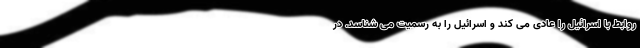
روابط با اسرائیل را عادی می کند و اسرائیل را به رسمیت می شناسد. در